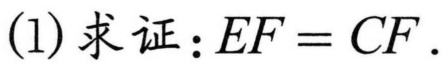
(1)求证：$EF = CF$.